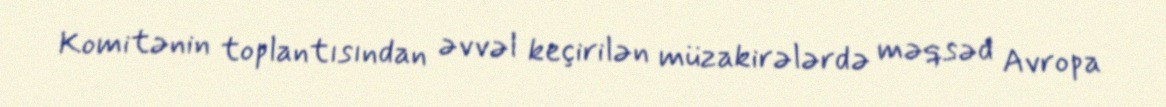
Komitənin toplantısından əvvəl keçirilən müzakirələrdə məqsəd Avropa